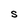
Character: S